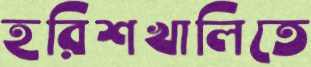
হরিশখালিতে